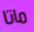
ماتا